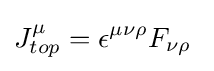
J_{top}^{\mu }=\epsilon ^{\mu \nu \rho }F_{\nu \rho }\